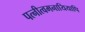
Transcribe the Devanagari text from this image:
पत्नीत्वमनायियापि